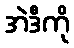
အဲဒီကို